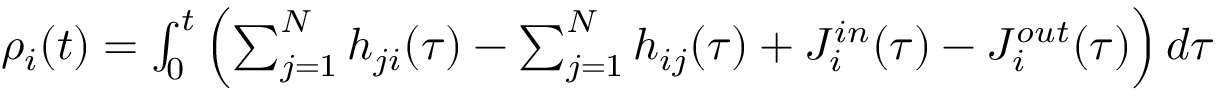
\begin{array} { r } { \rho _ { i } ( t ) = \int _ { 0 } ^ { t } \left( \sum _ { j = 1 } ^ { N } h _ { j i } ( \tau ) - \sum _ { j = 1 } ^ { N } h _ { i j } ( \tau ) + J _ { i } ^ { i n } ( \tau ) - J _ { i } ^ { o u t } ( \tau ) \right) d \tau } \end{array}